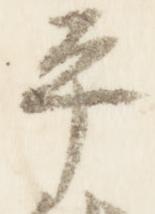
平